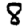
Digit: 8